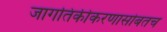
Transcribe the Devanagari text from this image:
जागतिकीकरणासोबतच